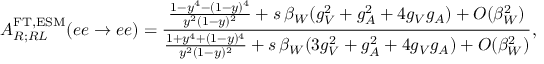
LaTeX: A _ { R ; R L } ^ { \mathrm { F T , E S M } } ( e e \to e e ) = \frac { \frac { 1 - y ^ { 4 } - ( 1 - y ) ^ { 4 } } { y ^ { 2 } ( 1 - y ) ^ { 2 } } + s \, \beta _ { W } ( g _ { V } ^ { 2 } + g _ { A } ^ { 2 } + 4 g _ { V } g _ { A } ) + O ( \beta _ { W } ^ { 2 } ) } { \frac { 1 + y ^ { 4 } + ( 1 - y ) ^ { 4 } } { y ^ { 2 } ( 1 - y ) ^ { 2 } } + s \, \beta _ { W } ( 3 g _ { V } ^ { 2 } + g _ { A } ^ { 2 } + 4 g _ { V } g _ { A } ) + O ( \beta _ { W } ^ { 2 } ) } ,